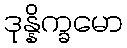
ဒုန္နိက္ခမော